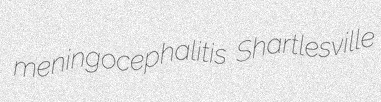
meningocephalitis Shartlesville